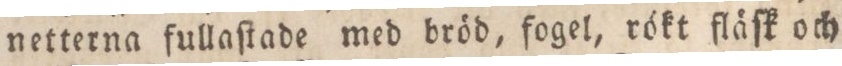
netterna fullaſtade med bröd, fogel, rökt fläſk och